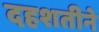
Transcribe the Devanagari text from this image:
दहशतीने